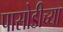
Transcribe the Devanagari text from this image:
पासोडीच्या